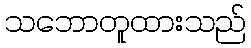
သဘောတူထားသည်